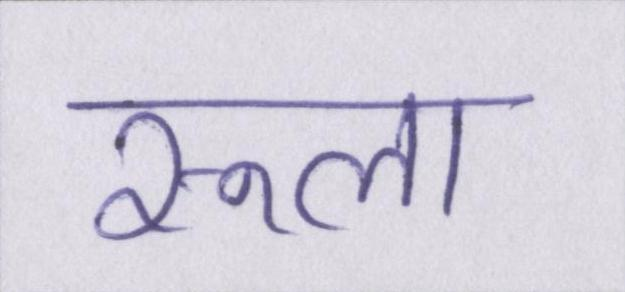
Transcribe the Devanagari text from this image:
रूला